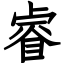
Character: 睿